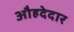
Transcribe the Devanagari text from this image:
औहदेदार